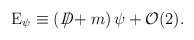
\begin{align*}{\rm E}_{\psi }\equiv \left( D\!\!\!\!\slash+m\right) \psi +{\cal O}(2).\end{align*}